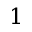
1